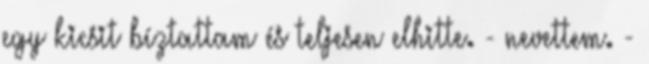
egy kicsit bíztattam és teljesen elhitte. - nevettem. -